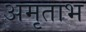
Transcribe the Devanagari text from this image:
अमृताभ